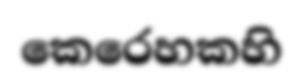
කෙරෙහකහි